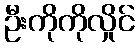
ဦးကိုကိုလှိုင်